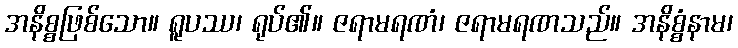
အနိစ္စဖြစ်သော။ ရူပဿ၊ ရုပ်၏။ ဇရာမရဏံ၊ ဇရာမရဏသည်။ အနိစ္စံနာမ၊